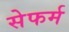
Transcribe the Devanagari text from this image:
सेफर्म